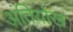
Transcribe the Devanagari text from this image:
अंतियोख